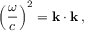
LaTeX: \left( { \frac { \omega } { c } } \right) ^ { 2 } = \mathbf { k } \cdot \mathbf { k } \, ,